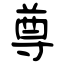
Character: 尊